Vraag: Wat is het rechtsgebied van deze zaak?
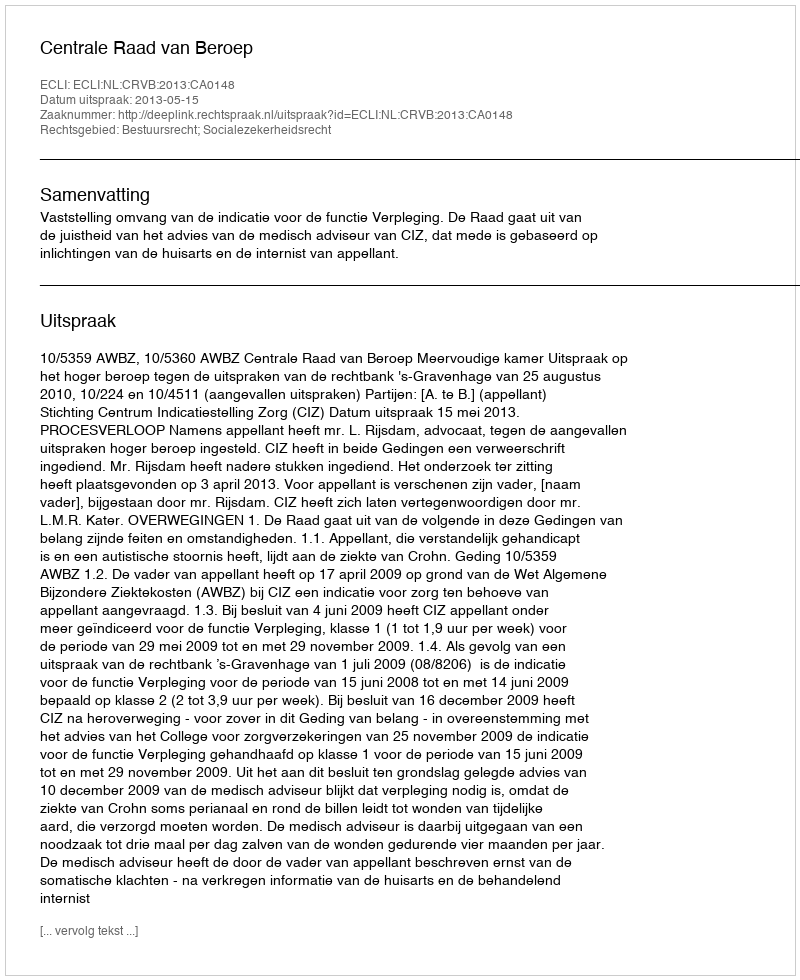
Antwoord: Bestuursrecht; Socialezekerheidsrecht